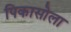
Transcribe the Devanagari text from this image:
पिकासोला